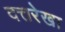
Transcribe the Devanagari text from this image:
दत्तरेखा